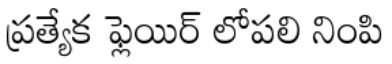
ప్రత్యేక ఫ్లెయిర్ లోపలి నింపి